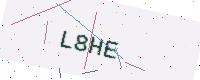
Text: L8HE